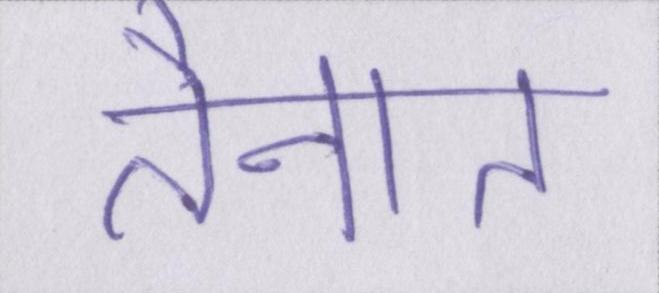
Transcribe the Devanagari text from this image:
तैनात